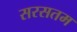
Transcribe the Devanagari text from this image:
सरसतम